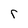
Character: r